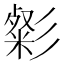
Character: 㣓